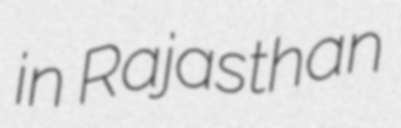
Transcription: in Rajasthan